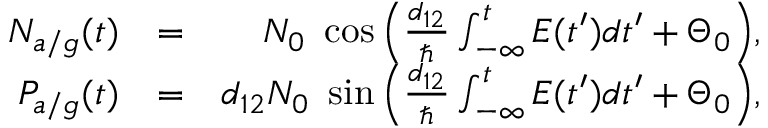
\begin{array} { r l r } { N _ { a / g } ( t ) } & { = } & { N _ { 0 } \ \cos \Big ( \frac { d _ { 1 2 } } { \hbar } \int _ { - \infty } ^ { t } E ( t ^ { \prime } ) d t ^ { \prime } + \Theta _ { 0 } \Big ) , } \\ { P _ { a / g } ( t ) } & { = } & { d _ { 1 2 } N _ { 0 } \ \sin \Big ( \frac { d _ { 1 2 } } { \hbar } \int _ { - \infty } ^ { t } E ( t ^ { \prime } ) d t ^ { \prime } + \Theta _ { 0 } \Big ) , } \end{array}